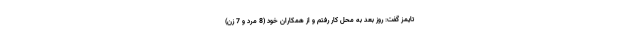
تایمز گفت: روز بعد به محل کار رفتم و از همکاران خود (8 مرد و 7 زن)